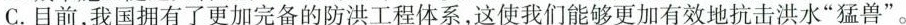
C.目前，我国拥有了更加完备的防洪工程体系，这使我们能够更加有效地抗击洪水”猛兽”